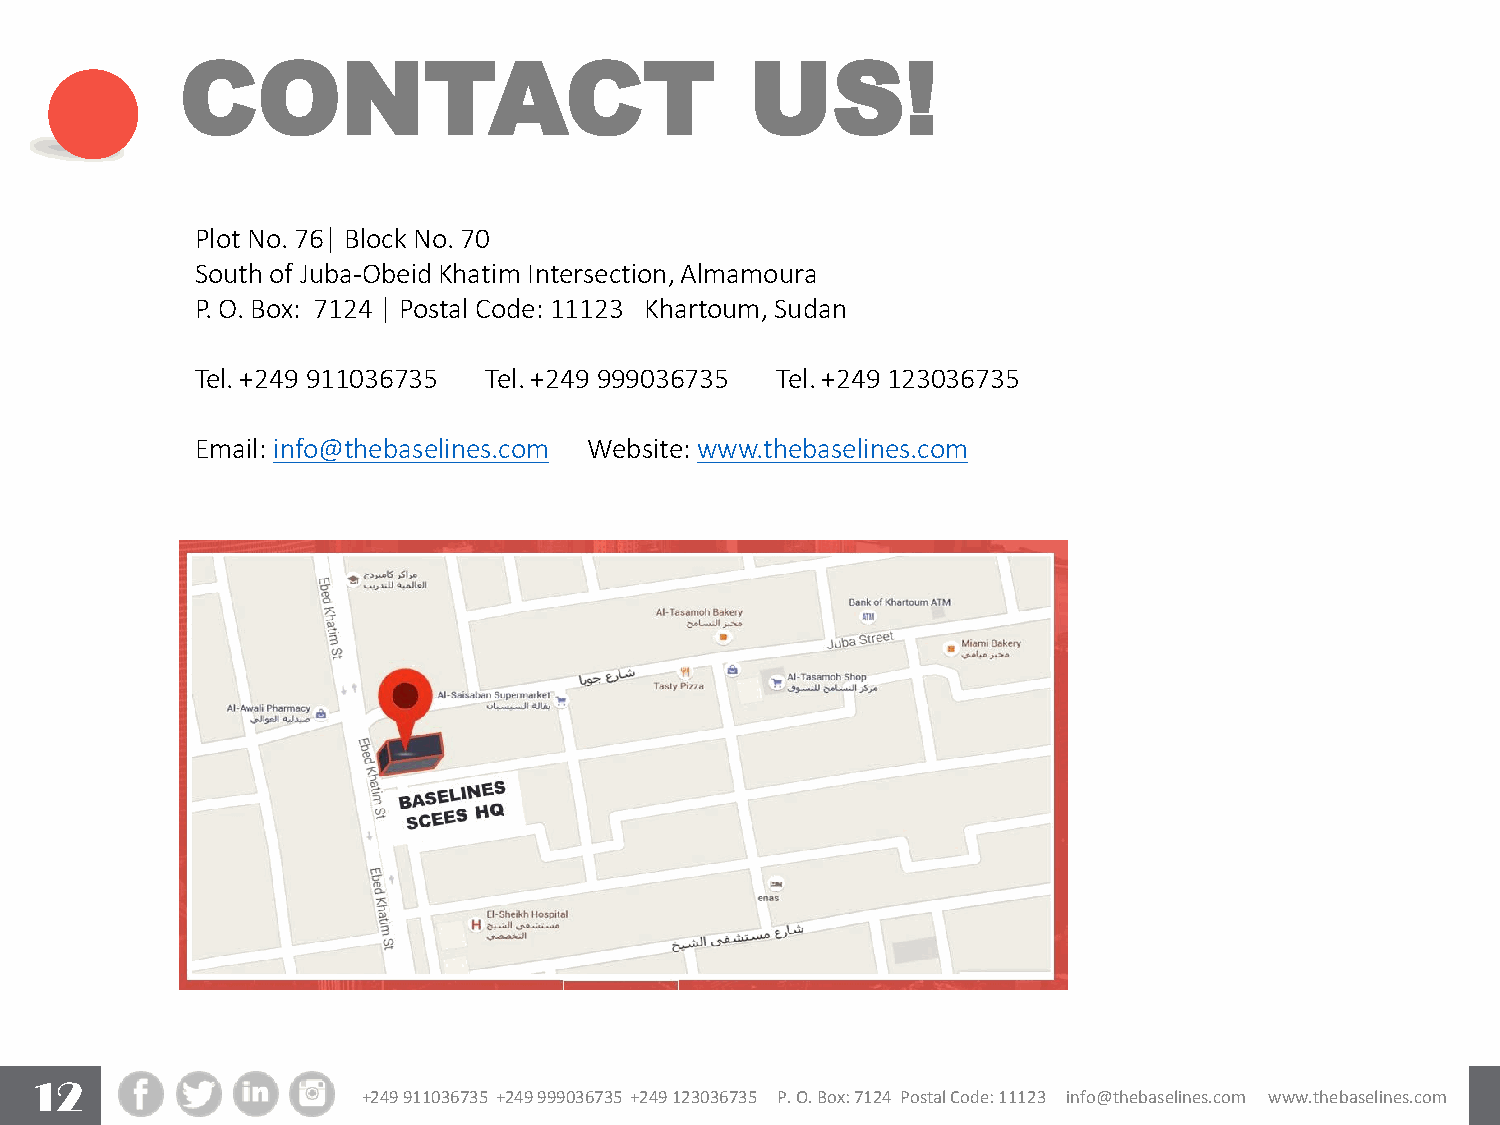
CONTACT                               US!
 Plot No. 76| Block No. 70
 South of Juba-Obeid Khatim Intersection, Almamoura
 P. O. Box: 7124 | Postal Code: 11123 Khartoum, Sudan
 Tel. +249 911036735 Tel. +249 999036735 Tel. +249 123036735
 Email: info@thebaselines.com Website: www.thebaselines.com
 12
 +249 911036735 +249 999036735 +249 123036735 P. O. Box: 7124 Postal Code: 11123 info@thebaselines.com www.thebaselines.com